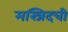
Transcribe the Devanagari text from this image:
मस्जिदची